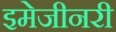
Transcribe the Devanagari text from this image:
इमेजीनरी